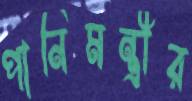
পানিমন্ত্রীর